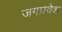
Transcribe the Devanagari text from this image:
जगप्रवेश